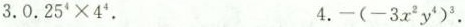
3.$$0.25^{4} \times 4^{4}$$. 4.-(-3x^{2} y^{4})^{3}.